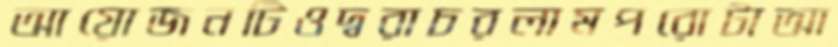
আয়োজনটিওদ্বরাচরলামপরোটাআ